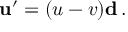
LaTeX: \mathbf { u } ^ { \prime } = ( u - v ) \mathbf { d } \, .